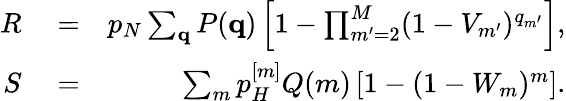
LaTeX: \begin{array}{rlr}{R}&{{}=}&{p_{N}\sum_{{\mathbf q}}P({\mathbf q})\left[1-\prod_{m^{\prime}=2}^{M}(1-V_{m^{\prime}})^{q_{m^{\prime}}}\right],}\\ {S}&{{}=}&{\sum_{m}p_{H}^{[m]}Q(m)\left[1-(1-W_{m})^{m}\right].}\end{array}